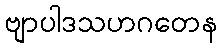
ဗျာပါဒသဟဂတေန